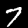
Digit: 7